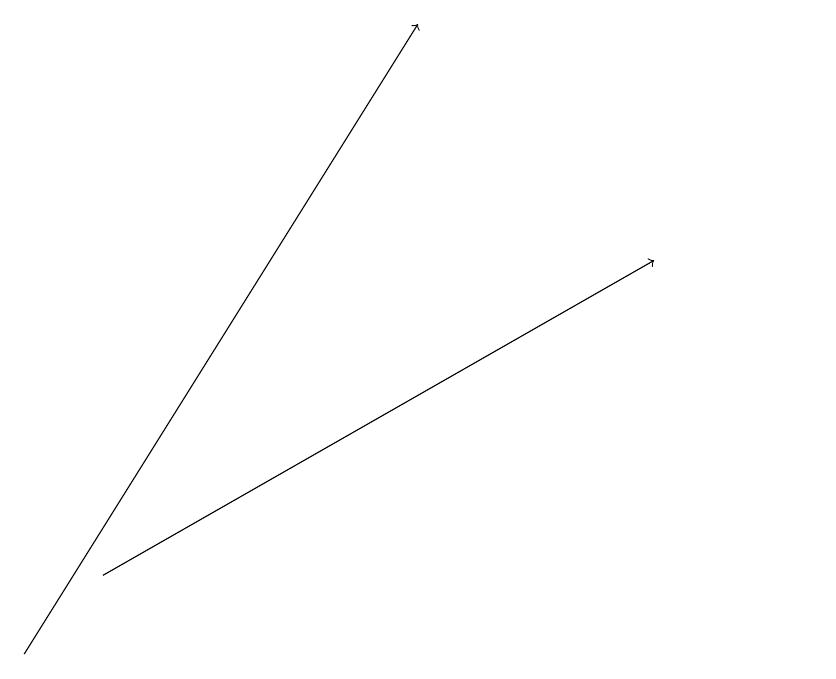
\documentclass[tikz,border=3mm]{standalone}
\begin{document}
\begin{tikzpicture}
\draw (11,11) circle (0);
\draw[->] (1,11) -- (6,19);
\draw[->] (2,12) -- (9,16);
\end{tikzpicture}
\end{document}